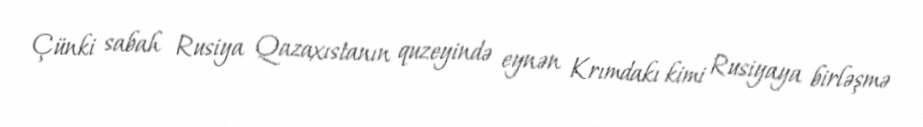
Çünki sabah Rusiya Qazaxıstanın quzeyində eynən Krımdakı kimi Rusiyaya birləşmə